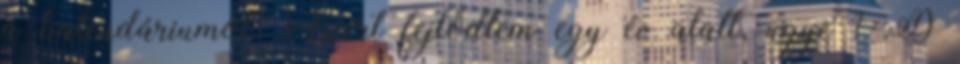
a kalendáriumot. Azért fejlődtem egy év alatt, ugye ? :D